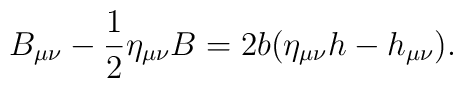
B_{\mu \nu }-\frac 12\eta _{\mu \nu }B=2b(\eta _{\mu \nu }h-h_{\mu \nu }).